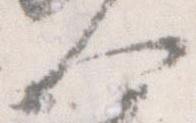
人